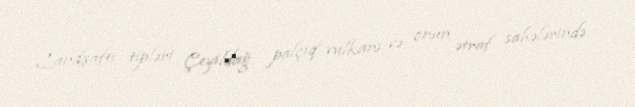
Landşaftı tipləri Çeyildağ palçıq vulkanı və onun ətraf sahələrində